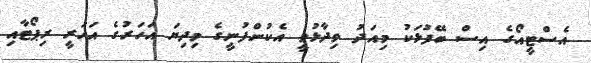
އެސްޓީއޯގެ އިސް ބޭފުޅަކު މިއަދު ވިދާޅުވީ އެކުންފުނީގެ މިދިޔަ އަހަރުގެ އަހަރީ ރިޕޯޓާއި